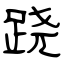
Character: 跷